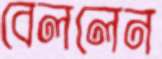
বেললেন